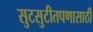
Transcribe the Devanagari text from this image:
सुटसुटीतपणासाठी